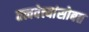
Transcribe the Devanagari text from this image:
तत्त्ववेत्त्यांसोबत